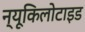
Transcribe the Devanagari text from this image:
न्यूकिलोटाइड